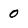
Character: 0